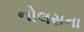
નોલસના